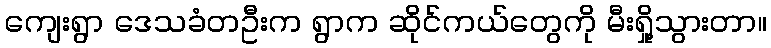
ကျေးရွာ ဒေသခံတဦးက ရွာက ဆိုင်ကယ်တွေကို မီးရှို့သွားတာ။